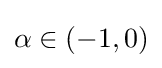
\alpha \in (-1,0)